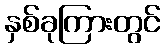
နှစ်ခုကြားတွင်